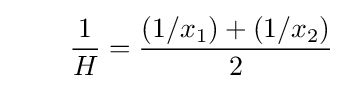
\qquad {\frac {1}{H}}={\frac {(1/x_{1})+(1/x_{2})}{2}}